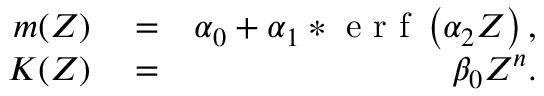
\begin{array} { r l r } { m ( Z ) } & { { } = } & { \alpha _ { 0 } + \alpha _ { 1 } * \textrm { e r f } \left( \alpha _ { 2 } Z \right) , } \\ { K ( Z ) } & { { } = } & { \beta _ { 0 } Z ^ { n } . } \end{array}